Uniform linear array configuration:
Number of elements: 32
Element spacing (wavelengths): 0.75
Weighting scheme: uniform
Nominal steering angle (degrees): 30
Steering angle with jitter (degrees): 30.352
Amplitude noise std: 0.05
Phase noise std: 0.05

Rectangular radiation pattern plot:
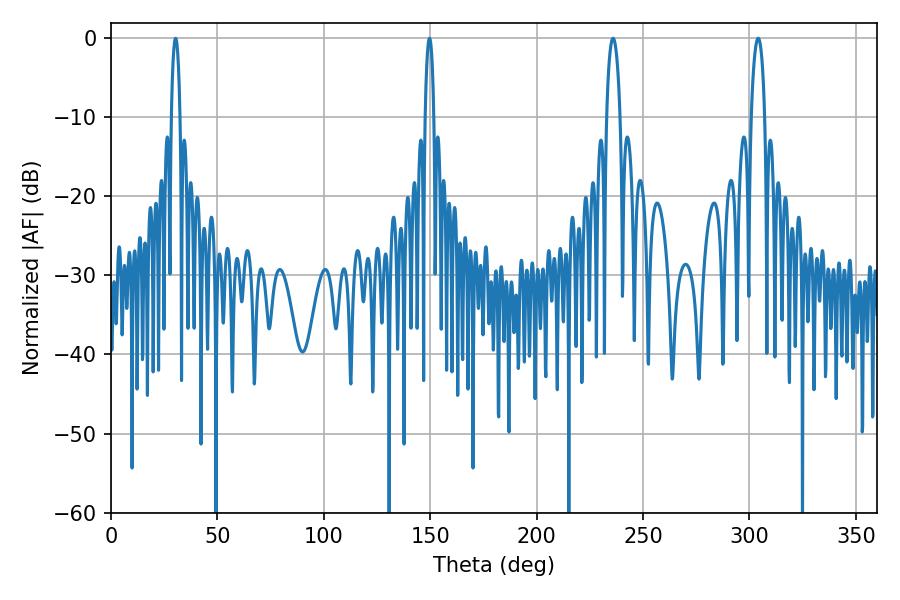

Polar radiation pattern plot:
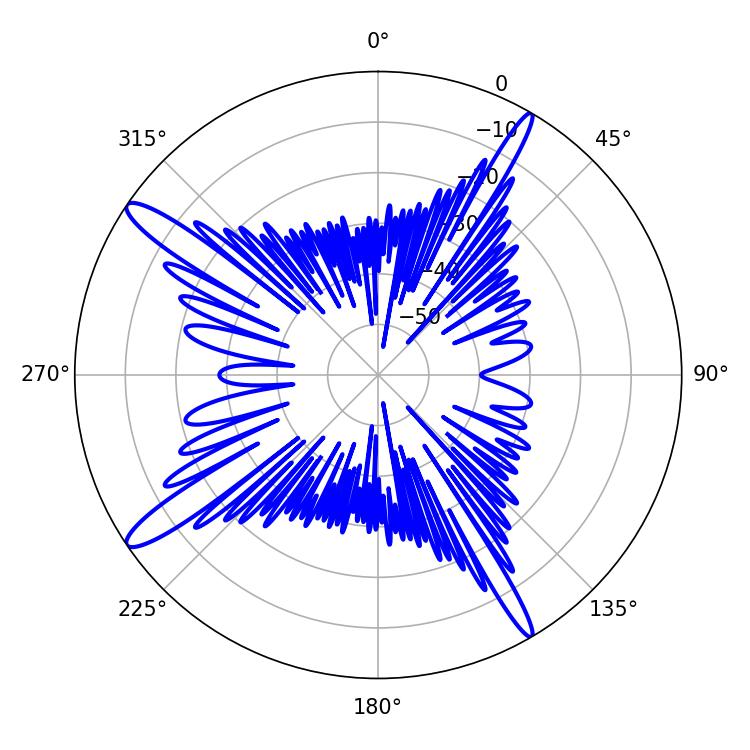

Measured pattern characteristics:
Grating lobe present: TRUE
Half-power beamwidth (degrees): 3.6
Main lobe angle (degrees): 304.02